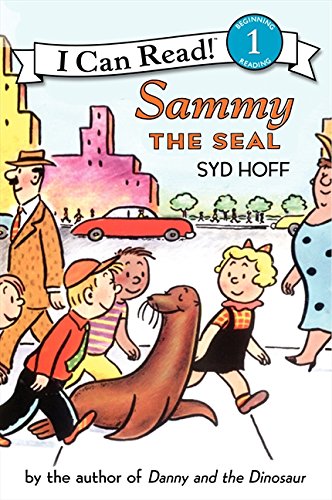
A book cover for Sammy the Seal (I Can Read Level 1); Syd Hoff; Children's Books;